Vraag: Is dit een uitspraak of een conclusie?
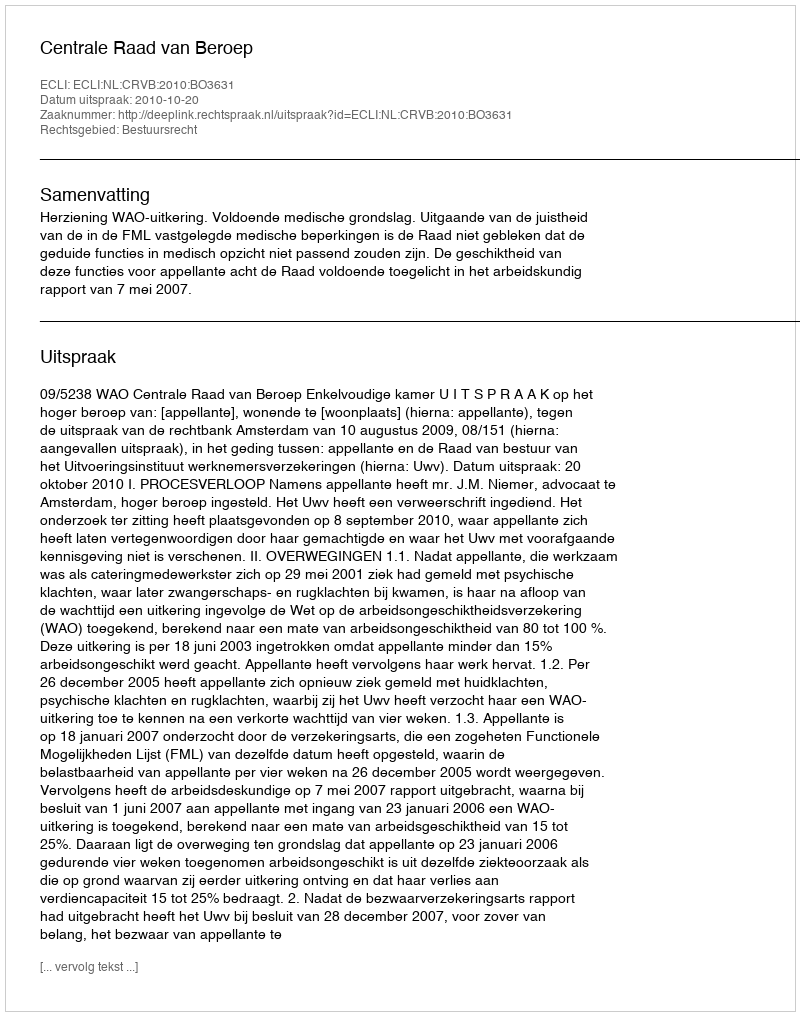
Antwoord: Uitspraak